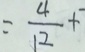
= \frac { 4 } { 1 2 } +